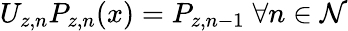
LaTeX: U_{z,n}P_{z,n}(x)=P_{z,n-1}\; \forall n\in\mathcal{N}